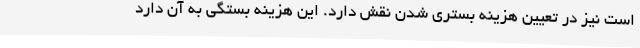
است نیز در تعیین هزینه بستری شدن نقش دارد. این هزینه بستگی به آن دارد